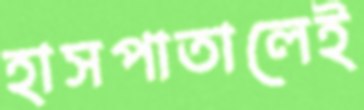
হাসপাতালেই